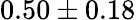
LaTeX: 0.50\pm 0.18